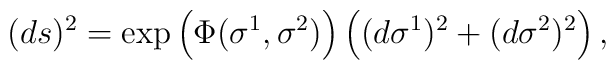
(ds)^{2} = \exp\left(\Phi(\sigma^{1},\sigma^{2})\right)  \left( (d\sigma^{1})^{2} + (d\sigma^{2})^{2}\right),